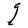
Character: g